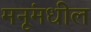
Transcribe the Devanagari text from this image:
मनूंमधील